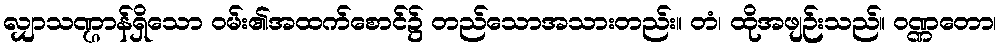
လျှာသဏ္ဌာန်ရှိသော ဝမ်း၏အထက်စောင်၌ တည်သောအသားတည်း။ တံ၊ ထိုအဖျဉ်းသည်။ ဝဏ္ဏတော၊